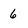
Character: 6